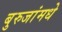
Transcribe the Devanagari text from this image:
बुरुजांमधे